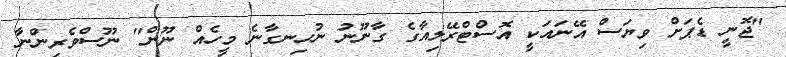
"ޖޮނީ ޑެޕަށް ވިޔަސް އޭނައަކީ އޮސްޓްރޭލިއާގެ ގާނޫނު ނުހިނގާނެ މީހެއް ނޫން" ނޫސްވެރިންނާ